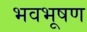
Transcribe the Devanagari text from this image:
भवभूषण